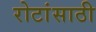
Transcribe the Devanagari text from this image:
रोटांसाठी